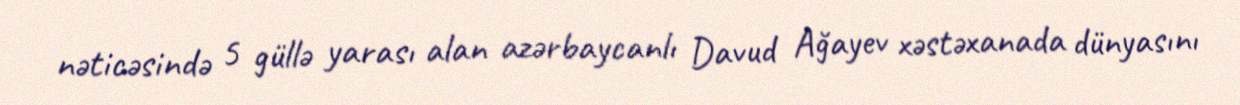
nəticəsində 5 güllə yarası alan azərbaycanlı Davud Ağayev xəstəxanada dünyasını